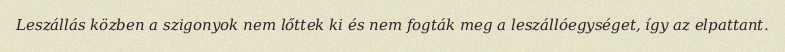
Leszállás közben a szigonyok nem lőttek ki és nem fogták meg a leszállóegységet, így az elpattant.